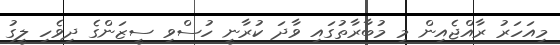
މިއަހަރު ރާއްޖެއިން މި މުބާރާތުގައި ވާދަ ކުރާނީ ހުސްވި ސީޒަންގެ ދިވެހި ލީގު